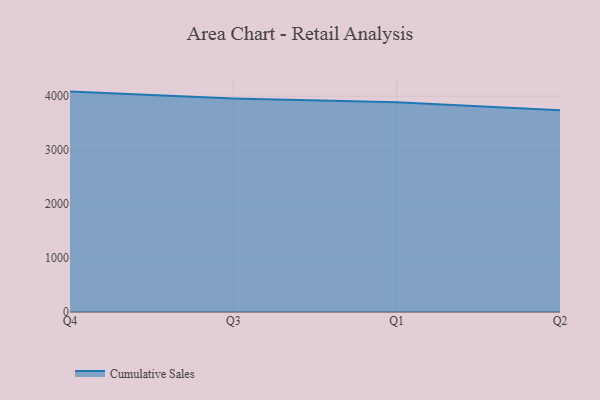
{"axis": {"x": "Quarter", "y": "Latency (ms)"}, "legend": ["Cumulative Sales"], "data": [{"x": "Q4", "y": 4085.3, "type": "Cumulative Sales"}, {"x": "Q3", "y": 3959.6, "type": "Cumulative Sales"}, {"x": "Q1", "y": 3887.2, "type": "Cumulative Sales"}, {"x": "Q2", "y": 3741.6, "type": "Cumulative Sales"}]}